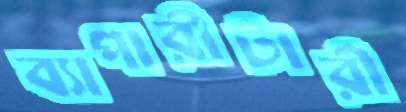
ব্যাপারীটারী